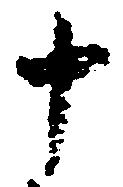
十